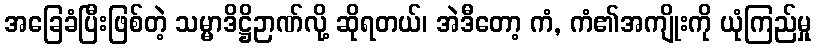
အခြေခံပြီးဖြစ်တဲ့ သမ္မာဒိဋ္ဌိဉာဏ်လို့ ဆိုရတယ်၊ အဲဒီတော့ ကံ, ကံ၏အကျိုးကို ယုံကြည်မှု